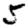
Digit: 5